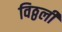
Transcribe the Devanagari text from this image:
विठ्ठली